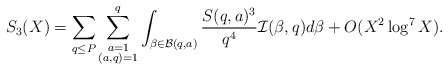
\begin{align*}S_3(X)=\sum_{q\le P}\sum_{\substack{a=1\\ (a,q)=1}}^q\int_{\beta\in\mathcal{B}(q,a)}\frac{S(q,a)^3}{q^4}\mathcal{I}(\beta,q)d\beta+ O(X^2\log^7X).\end{align*}